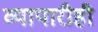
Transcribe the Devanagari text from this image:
व्यापारीही